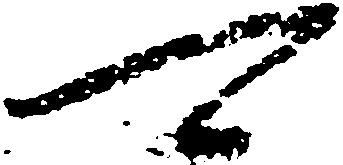
可